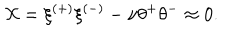
LaTeX: { \cal X } = \xi ^ { ( + ) } \xi ^ { ( - ) } - \nu \theta ^ { + } \theta ^ { - } \approx 0 .